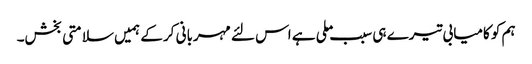
ہم کو کامیابی تیرے ہی سبب ملی ہے اس لئے مہربانی کر کے ہمیں سلامتی بخش۔